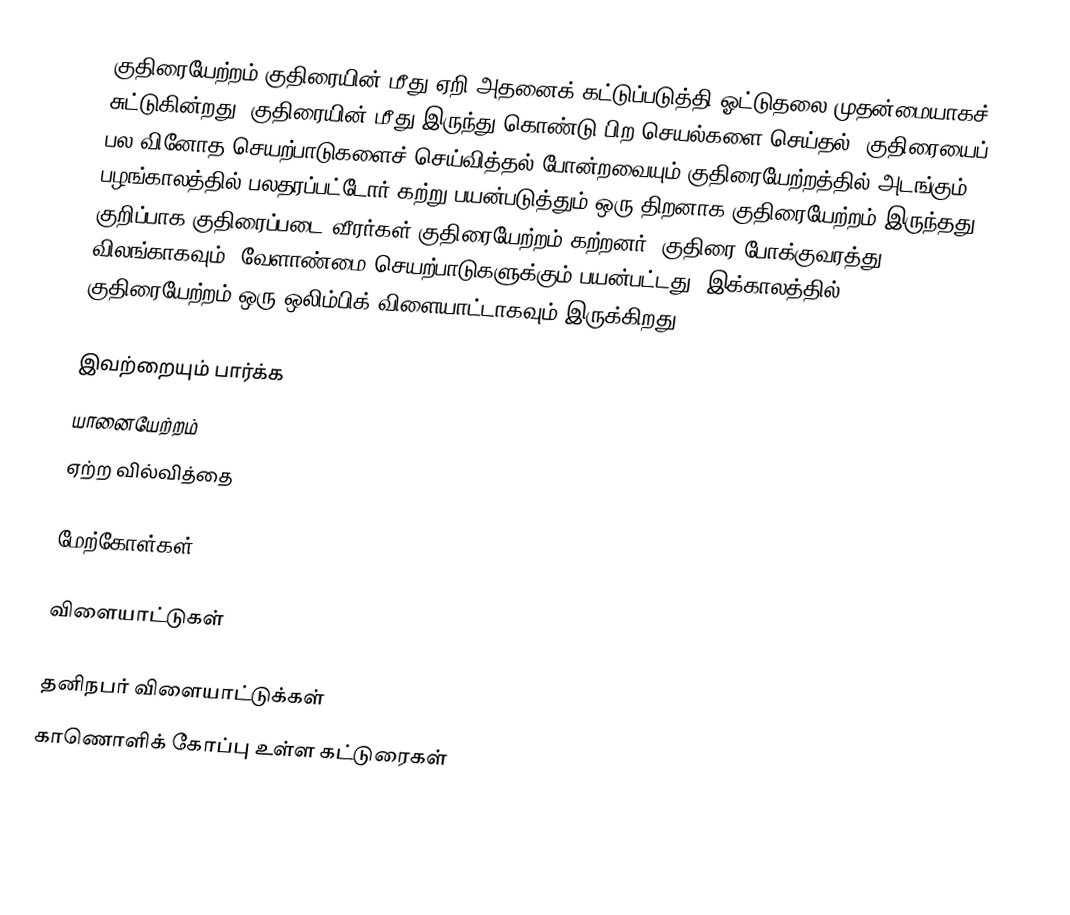
குதிரையேற்றம் குதிரையின் மீது ஏறி அதனைக் கட்டுப்படுத்தி ஓட்டுதலை முதன்மையாகச் சுட்டுகின்றது.  குதிரையின் மீது இருந்து கொண்டு பிற செயல்களை செய்தல், குதிரையைப் பல வினோத செயற்பாடுகளைச் செய்வித்தல் போன்றவையும் குதிரையேற்றத்தில் அடங்கும்.  பழங்காலத்தில் பலதரப்பட்டோர் கற்று பயன்படுத்தும் ஒரு திறனாக குதிரையேற்றம் இருந்தது.  குறிப்பாக குதிரைப்படை வீரர்கள் குதிரையேற்றம் கற்றனர்.  குதிரை போக்குவரத்து விலங்காகவும், வேளாண்மை செயற்பாடுகளுக்கும் பயன்பட்டது.  இக்காலத்தில் குதிரையேற்றம் ஒரு ஒலிம்பிக் விளையாட்டாகவும் இருக்கிறது.

இவற்றையும் பார்க்க
 யானையேற்றம்
 ஏற்ற வில்வித்தை

மேற்கோள்கள்

விளையாட்டுகள்

தனிநபர் விளையாட்டுக்கள்
காணொளிக் கோப்பு உள்ள கட்டுரைகள்